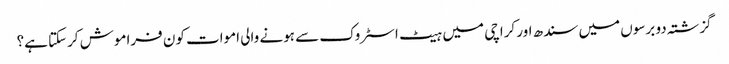
گزشتہ دو برسوں میں سندھ اور کراچی میں ہیٹ اسٹروک سے ہونے والی اموات کون فراموش کرسکتا ہے؟